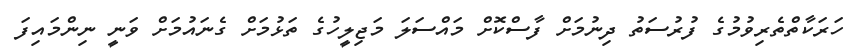
ހަރަކާތްތެރިވުމުގެ ފުރުސަތު ދިނުމަށް ފާސްކޮށް މައްސަލަ މަޖިލީހުގެ ތަޅުމަށް ގެނައުމަށް ވަނީ ނިންމައިފަ